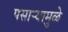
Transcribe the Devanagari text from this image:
पसाऱ्यामुळे